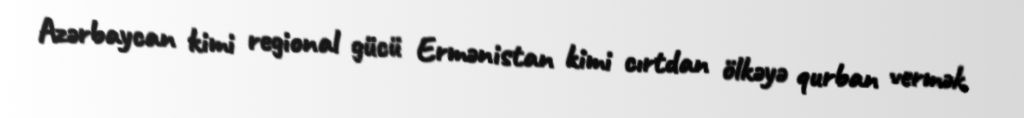
Azərbaycan kimi regional gücü Ermənistan kimi cırtdan ölkəyə qurban vermək